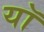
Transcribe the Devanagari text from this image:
यॉ